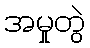
အမှုတွဲ